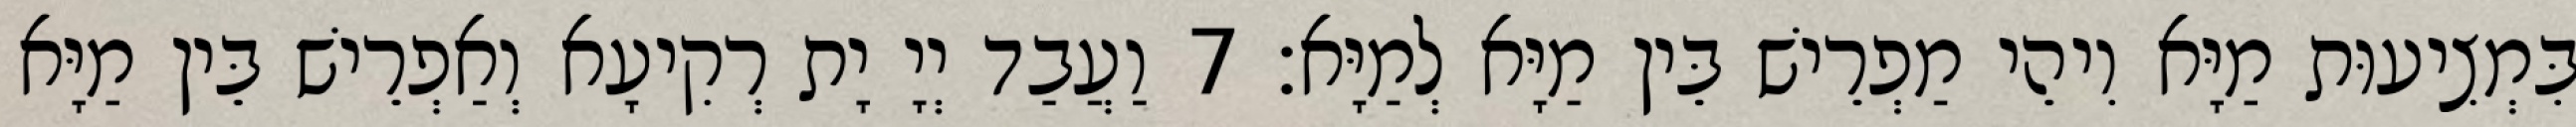
בִּמְצִיעוּת מַיָּא וִיהֵי מַפְרֵישׁ בֵּין מַיָּא לְמַיָּא׃ 7 וַעֲבַד יְיָ יָת רְקִיעָא וְאַפְרֵישׁ בֵּין מַיָּא